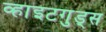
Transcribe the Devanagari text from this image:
व्हाइटगुड्स